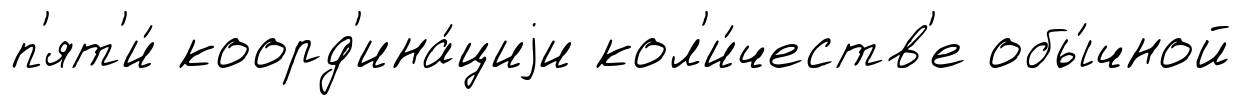
п'ят'и́ коорд'ина́циjи кол'и́честв'е обы́чной